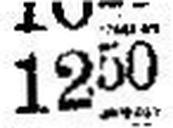
1250